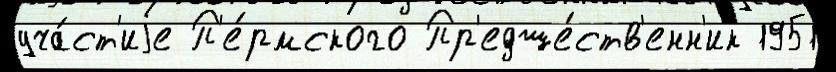
уча́ст'иjе П'е́рмского Пр'едше́ств'енн'ик 1951